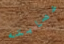
عصابته